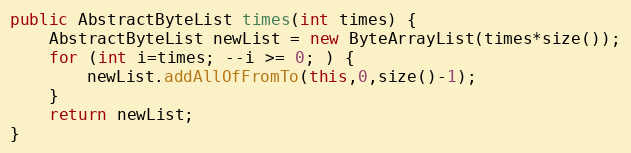
Language: Java
public AbstractByteList times(int times) {
	AbstractByteList newList = new ByteArrayList(times*size());
	for (int i=times; --i >= 0; ) {
		newList.addAllOfFromTo(this,0,size()-1);
	}
	return newList;
}